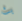
بث